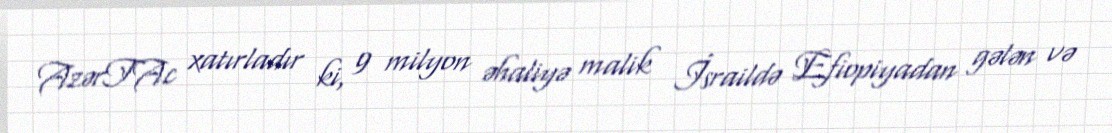
AzərTAc xatırladır ki, 9 milyon əhaliyə malik İsraildə Efiopiyadan gələn və